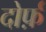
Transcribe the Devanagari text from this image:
दोर्फ़